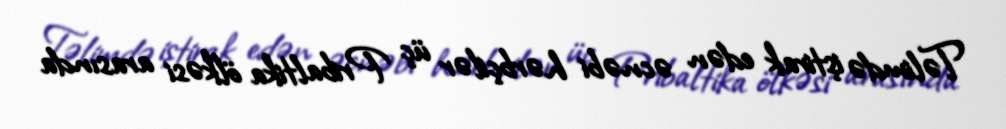
Təlimdə iştirak edən əcnəbi hərbçilər üç Pribaltika ölkəsi arasında